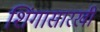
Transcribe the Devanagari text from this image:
शिंगासारखी